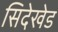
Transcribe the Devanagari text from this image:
सिदेखेड